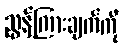
ညွှန်ကြားချက်ကို